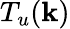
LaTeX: T_{u}({\mathbf k})